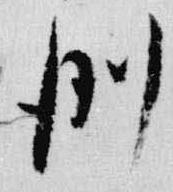
例